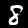
Digit: 8